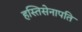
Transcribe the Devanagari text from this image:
हस्तिसेनापति